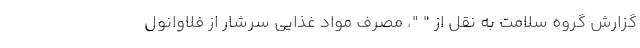
گزارش گروه سلامت به نقل از " "، مصرف مواد غذایی سرشار از فلاوانول